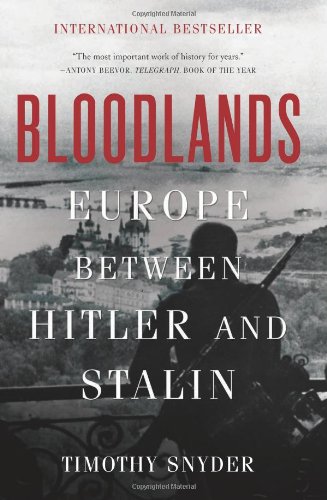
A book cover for Bloodlands: Europe Between Hitler and Stalin; Timothy Snyder; History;